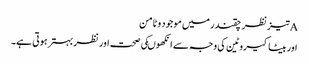
Aتیزنظر چقندر میں موجود وٹامن
اور بیٹاکیروٹین کی وجہ سے انکھوںکی صحت اور نظر بہترہوتی ہے۔